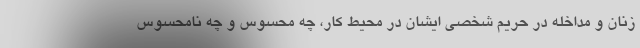
زنان و مداخله در حریم شخصی ایشان در محیط کار، چه محسوس و چه نامحسوس